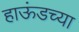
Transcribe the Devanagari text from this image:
हाऊंडच्या